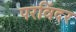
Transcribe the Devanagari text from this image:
परविंदर